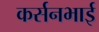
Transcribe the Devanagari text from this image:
कर्सनभाई